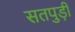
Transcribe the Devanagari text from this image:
सतपुड़ी